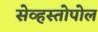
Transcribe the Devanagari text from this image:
सेव्हस्तोपोल